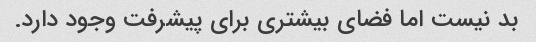
بد نیست اما فضای بیشتری برای پیشرفت وجود دارد.